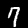
Digit: 7